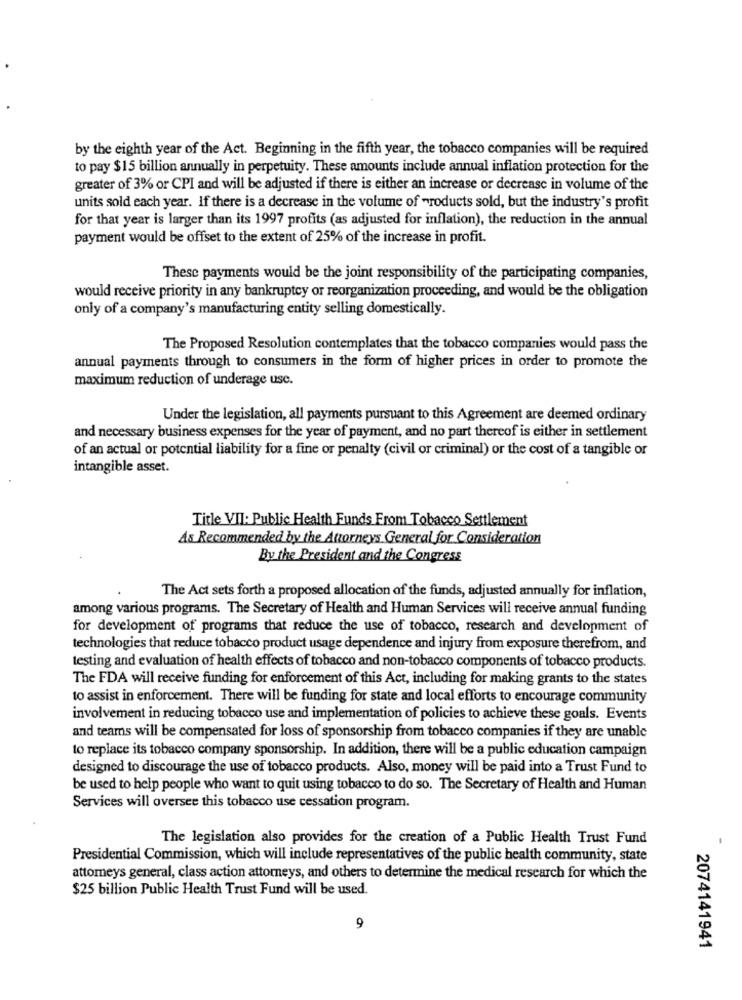
by the eighth year of the Act. Beginning in the fifth year, the tobacco companies will be required
to pay $15 billion annually in perpetuity. These amounts include annual inflation protection for the
greater of 3% or CPI and will be adjusted if there is either an increase or decrease in volume of the
units sold each year. If there is a decrease in the volume of "roducts sold, but the industry's profit
for that year is larger than its 1997 profits (as adjusted for inflation), the reduction in the annual
payment would be offset to the extent of 25% of the increase in profit.
These payments would be the joint responsibility of the participating companies,
would receive priority in any bankruptcy or reorganization proceeding, and would be the obligation
only of a company's manufacturing entity selling domestically.
The Proposed Resolution contemplates that the tobacco companies would pass the
annual payments through to consumers in the form of higher prices in order to promote the
maximum reduction of underage usc.
Under the legislation, all payments pursuant to this Agreement are deemed ordinary
and necessary business expenses for the year of payment, and no part thereof is either in settlement
of an actual or potential liability for a fine or penalty (civil or criminal) or the cost of a tangible or
intangible asset.
Title VII: Public Health Funds From Tobacco Settlement
As Recommended by the Attorneys General for Consideration
By the President and the Congress
The Act sets forth a proposed allocation of the funds, adjusted annually for inflation,
among various programs. The Secretary of Health and Human Services will receive annual funding
for development of programs that reduce the use of tobacco, research and development of
technologies that reduce tobacco product usage dependence and injury from exposure therefrom, and
testing and evaluation of health effects of tobacco and non-tobacco components of tobacco products.
The FDA will receive funding for enforcement of this Act, including for making grants to the states
to assist in enforcement. There will be funding for state and local efforts to encourage community
involvement in reducing tobacco use and implementation of policies to achieve these goals. Events
and teams will be compensated for loss of sponsorship from tobacco companies if they are unable
to replace its tobacco company sponsorship. In addition, there will be a public education campaign
designed to discourage the use of tobacco products. Also, money will be paid into a Trust Fund to
be used to help people who want to quit using tobacco to do so. The Secretary of Health and Human
Services will oversee this tobacco use cessation program.
The legislation also provides for the creation of a Public Health Trust Fund
Presidential Commission, which will include representatives of the public health community, state
attorneys general, class action attorneys, and others to determine the medical research for which the
$25 billion Public Health Trust Fund will be used.
9
2074141941